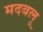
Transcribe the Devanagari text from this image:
मदबलू